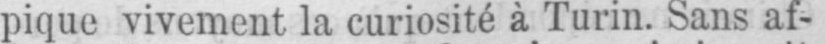
pique vivement la curiosité à Turin. Sans af-